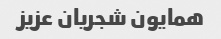
همایون شجریان عزیز